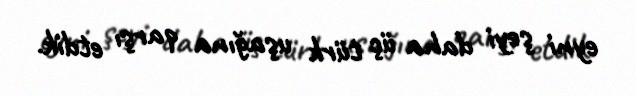
eyni şeyi daha üç türk uşağına qarşı etdik.